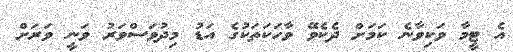
އެ ޓީމާ ވަކިވާނެ ކަމަށް ދެކެވޭ ވާހަކަތަކުގެ އަޑު މިދުވަސްވަރު ވަނީ ވަރަށް